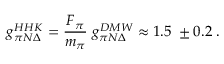
g _ { \pi N \Delta } ^ { H H K } = \frac { F _ { \pi } } { m _ { \pi } } \; g _ { \pi N \Delta } ^ { D M W } \approx 1 . 5 \; \pm 0 . 2 \; .